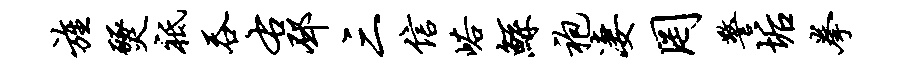
旌燹祗吞右邳三信峪鲧袍凄罔警垢拳